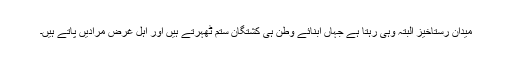
میدان رستاخیز البتہ وہی رہتا ہے جہاں ابنائے وطن ہی کشتگان ستم ٹھہرتے ہیں اور اہل غرض مرادیں پاتے ہیں۔